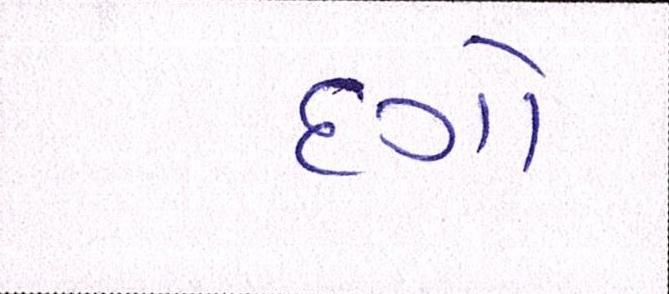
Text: દગો